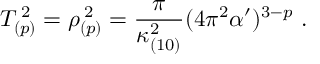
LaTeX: T _ { ( p ) } ^ { \; 2 } = \rho _ { ( p ) } ^ { \; 2 } = \frac { \pi } { \kappa _ { ( 1 0 ) } ^ { 2 } } ( 4 \pi ^ { 2 } \alpha ^ { \prime } ) ^ { 3 - p } \ .